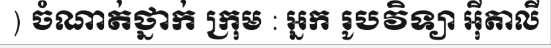
) ចំណាត់ថ្នាក់ ក្រុម : អ្នក រូបវិទ្យា អ៊ីតាលី